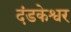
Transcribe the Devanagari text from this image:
दंडकेश्वर